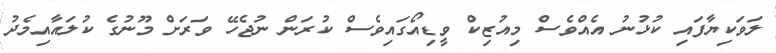
ލަވަކިޔާފައި ކުޅުނު އެއްވެސް މިއުޒިކް ވީޑިއޯގައިވެސް ކުރަން ނުޖެހޭ ވަރަށް މޫނުގެ ކުލައާއިމެދު